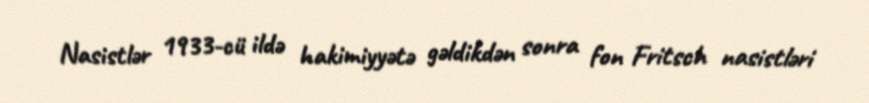
Nasistlər 1933-cü ildə hakimiyyətə gəldikdən sonra fon Fritsch nasistləri